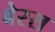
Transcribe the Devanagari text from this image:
बेरस